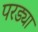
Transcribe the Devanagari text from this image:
परड्या